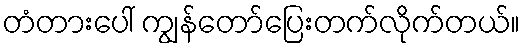
တံတားပေါ် ကျွန်တော်ပြေးတက်လိုက်တယ်။